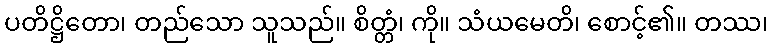
ပတိဋ္ဌိတော၊ တည်သော သူသည်။ စိတ္တံ၊ ကို။ သံယမေတိ၊ စောင့်၏။ တဿ၊